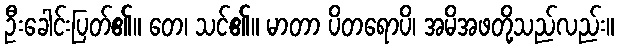
ဦးခေါင်းပြတ်၏။ တေ၊ သင်၏။ မာတာ ပိတရောပိ၊ အမိအဖတို့သည်လည်း။